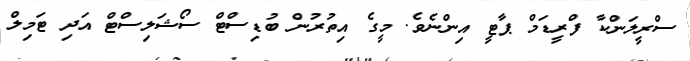
ސްރީލަންކާ ފްރީޑަމް ޕާޓީ އިންނެވެ. މީގެ އިތުރުން ބުޑިސްޓް ސޯޝަލިސްޓް އަދި ޓަމިލް